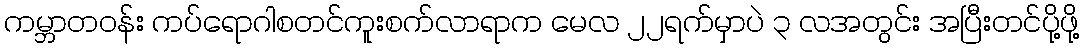
ကမ္ဘာတဝန်း ကပ်ရောဂါစတင်ကူးစက်လာရာက မေလ ၂၂ရက်မှာပဲ ၃ လအတွင်း အပြီးတင်ပို့ဖို့